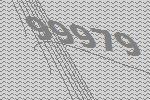
99979